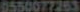
0550077263